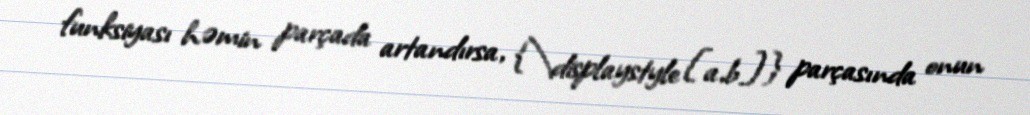
funksiyası həmin parçada artandırsa, {\displaystyle [a,b]} parçasında onun